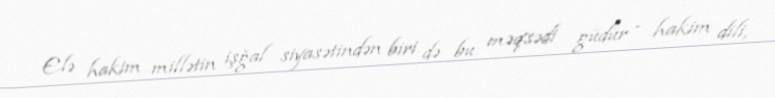
Elə hakim millətin işğal siyasətindən biri də bu məqsədi güdür - hakim dili,